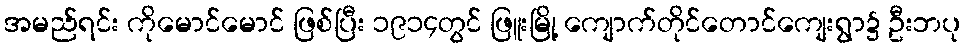
အမည်ရင်း ကိုမောင်မောင် ဖြစ်ပြီး ၁၉၁၄တွင် ဖြူးမြို့ ကျောက်တိုင်တောင်ကျေးရွာ၌ ဦးဘပု